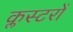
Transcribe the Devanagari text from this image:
क्लस्टरों